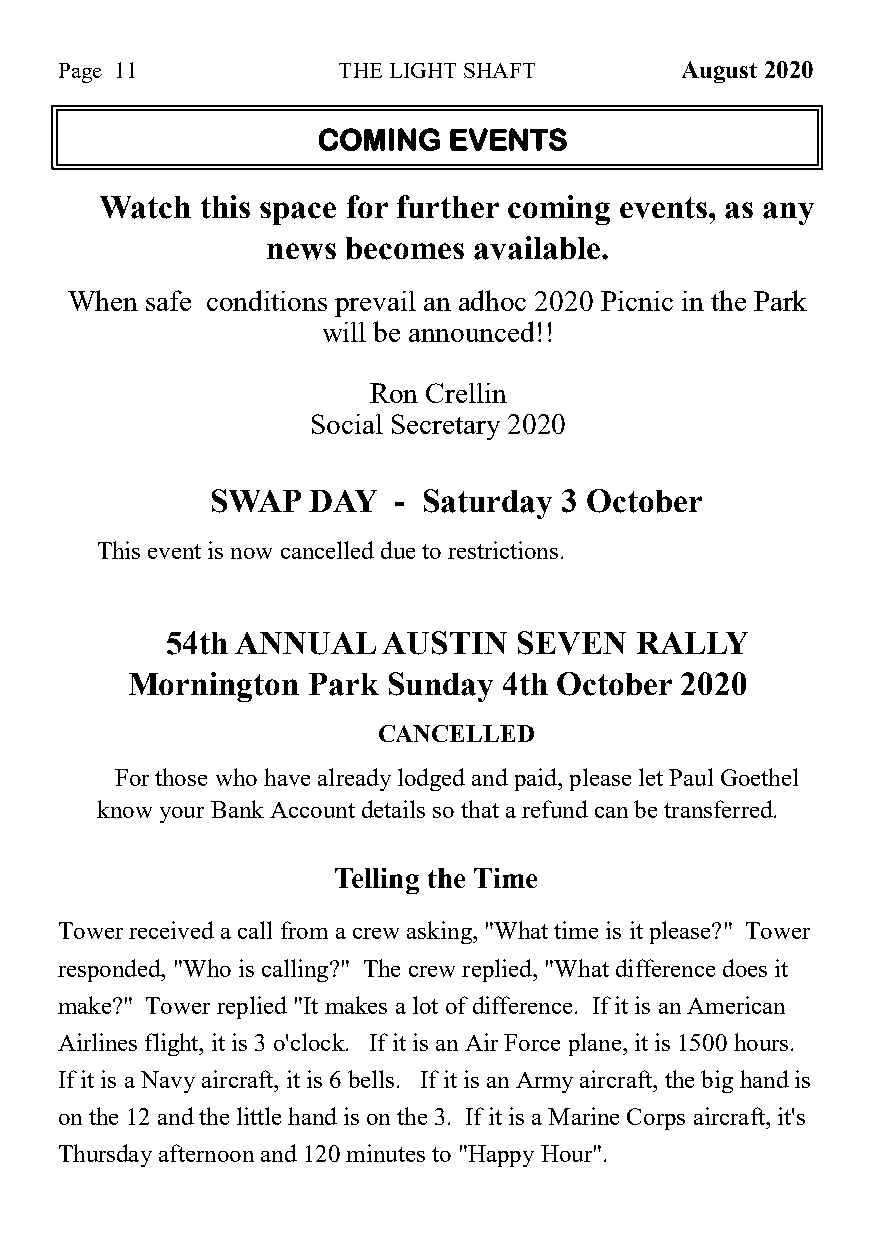
Page 11           THE LIGHT SHAFT        August 2020
 COMING   EVENTS
 Watch this space for further coming events, as any
 news becomes available.
 When safe conditions prevail an adhoc 2020 Picnic in the Park
 will be announced!!
 Ron Crellin
 Social Secretary 2020
 SWAP  DAY   - Saturday 3 October
 This event is now cancelled due to restrictions.
 54th ANNUAL   AUSTIN   SEVEN   RALLY
 Mornington  Park  Sunday 4th October 2020
 CANCELLED
 For those who have already lodged and paid, please let Paul Goethel
 know your Bank Account details so that a refund can be transferred.
 Telling the Time
 Tower received a call from a crew asking, "What time is it please?" Tower
 responded, "Who is calling?" The crew replied, "What difference does it
 make?" Tower replied "It makes a lot of difference. If it is an American
 Airlines flight, it is 3 o'clock. If it is an Air Force plane, it is 1500 hours.
 If it is a Navy aircraft, it is 6 bells. If it is an Army aircraft, the big hand is
 on the 12 and the little hand is on the 3. If it is a Marine Corps aircraft, it's
 Thursday afternoon and 120 minutes to "Happy Hour".